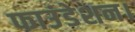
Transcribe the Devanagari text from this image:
फाउंडेशन।